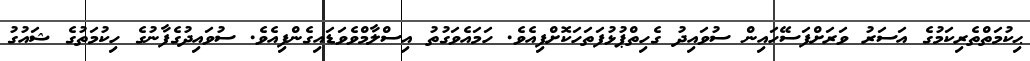
ޙިކުމަތްތެރިކަމުގެ އަސަރު ވަރަށްފަސޭހައިން ސުވައިދު ގެހިތްޕުޅުފަތަހަކޮށްފިއެވެ. ހަމައެވަގުތު އިސްލާމްވެވަޑައިގެންފިއެވެ. ސުވައިދުގެފާނުގެ ހިކުމަތުގެ ޝައުގު